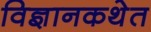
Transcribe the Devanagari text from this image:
विज्ञानकथेत